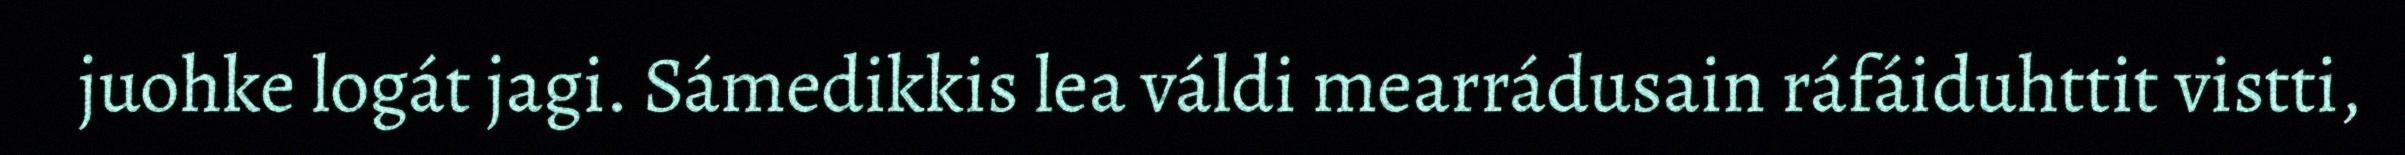
juohke logát jagi. Sámedikkis lea váldi mearrádusain ráfáiduhttit vistti,